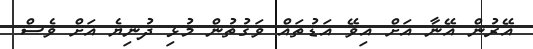
އޭރުން އޭނާ އަށް އިވޭ އަޑުތައް ވަގުތުން މުޅި ދުނިޔެ އަށް ވެސް